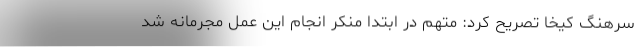
سرهنگ کیخا تصریح کرد: متهم در ابتدا منکر انجام این عمل مجرمانه شد